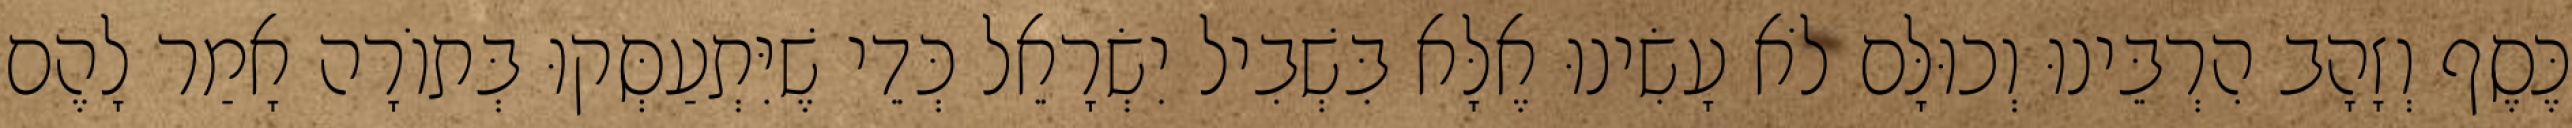
כֶּסֶף וְזָהָב הִרְבֵּינוּ וְכוּלָּם לֹא עָשִׂינוּ אֶלָּא בִּשְׁבִיל יִשְׂרָאֵל כְּדֵי שֶׁיִּתְעַסְּקוּ בְּתוֹרָה אָמַר לָהֶם